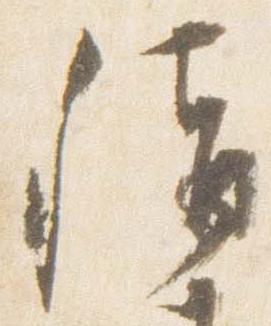
称